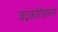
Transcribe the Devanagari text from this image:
चंद्रकोरीप्रमाणे